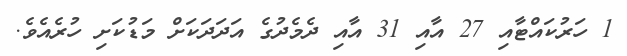
1 ހަރުކައްޓާއި 27 އާއި 31 އާއި ދެމެދުގެ އަދަދަަކަށް މަޑުކަށި ހުރެއެވެ.